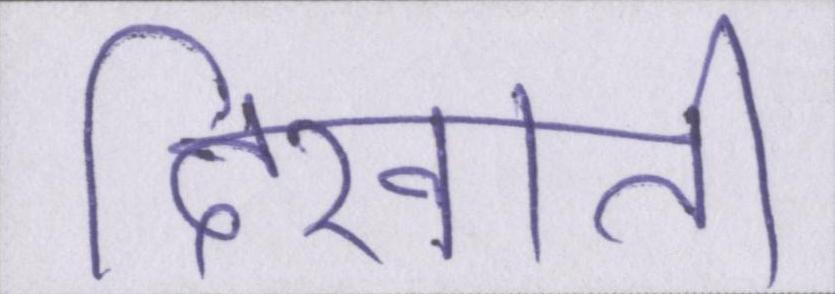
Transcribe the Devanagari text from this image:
दिखाती